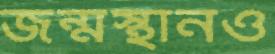
জন্মস্থানও